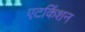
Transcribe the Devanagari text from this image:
एटकिंशन